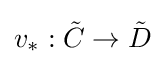
v_{*}:{\tilde {C}}\to {\tilde {D}}